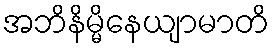
အဘိနိမ္မိနေယျာမာတိ